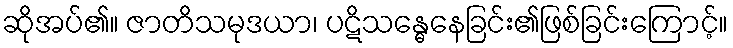
ဆိုအပ်၏။ ဇာတိသမုဒယာ၊ ပဋိသန္ဓေနေခြင်း၏ဖြစ်ခြင်းကြောင့်။